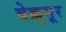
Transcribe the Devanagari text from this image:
बेक़ुसूर